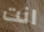
انت